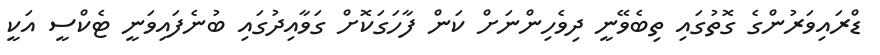
ޑްރައިވަރުންގެ ގޮތުގައި ތިބެވޭނީ ދިވެހިންނަށް ކަން ފާހަގަކޮށް ގަވާއިދުގައި ބުނެފައިވަނީ ޓެކްސީ އަކީ